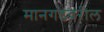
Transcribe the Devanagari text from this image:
मानगडवरील